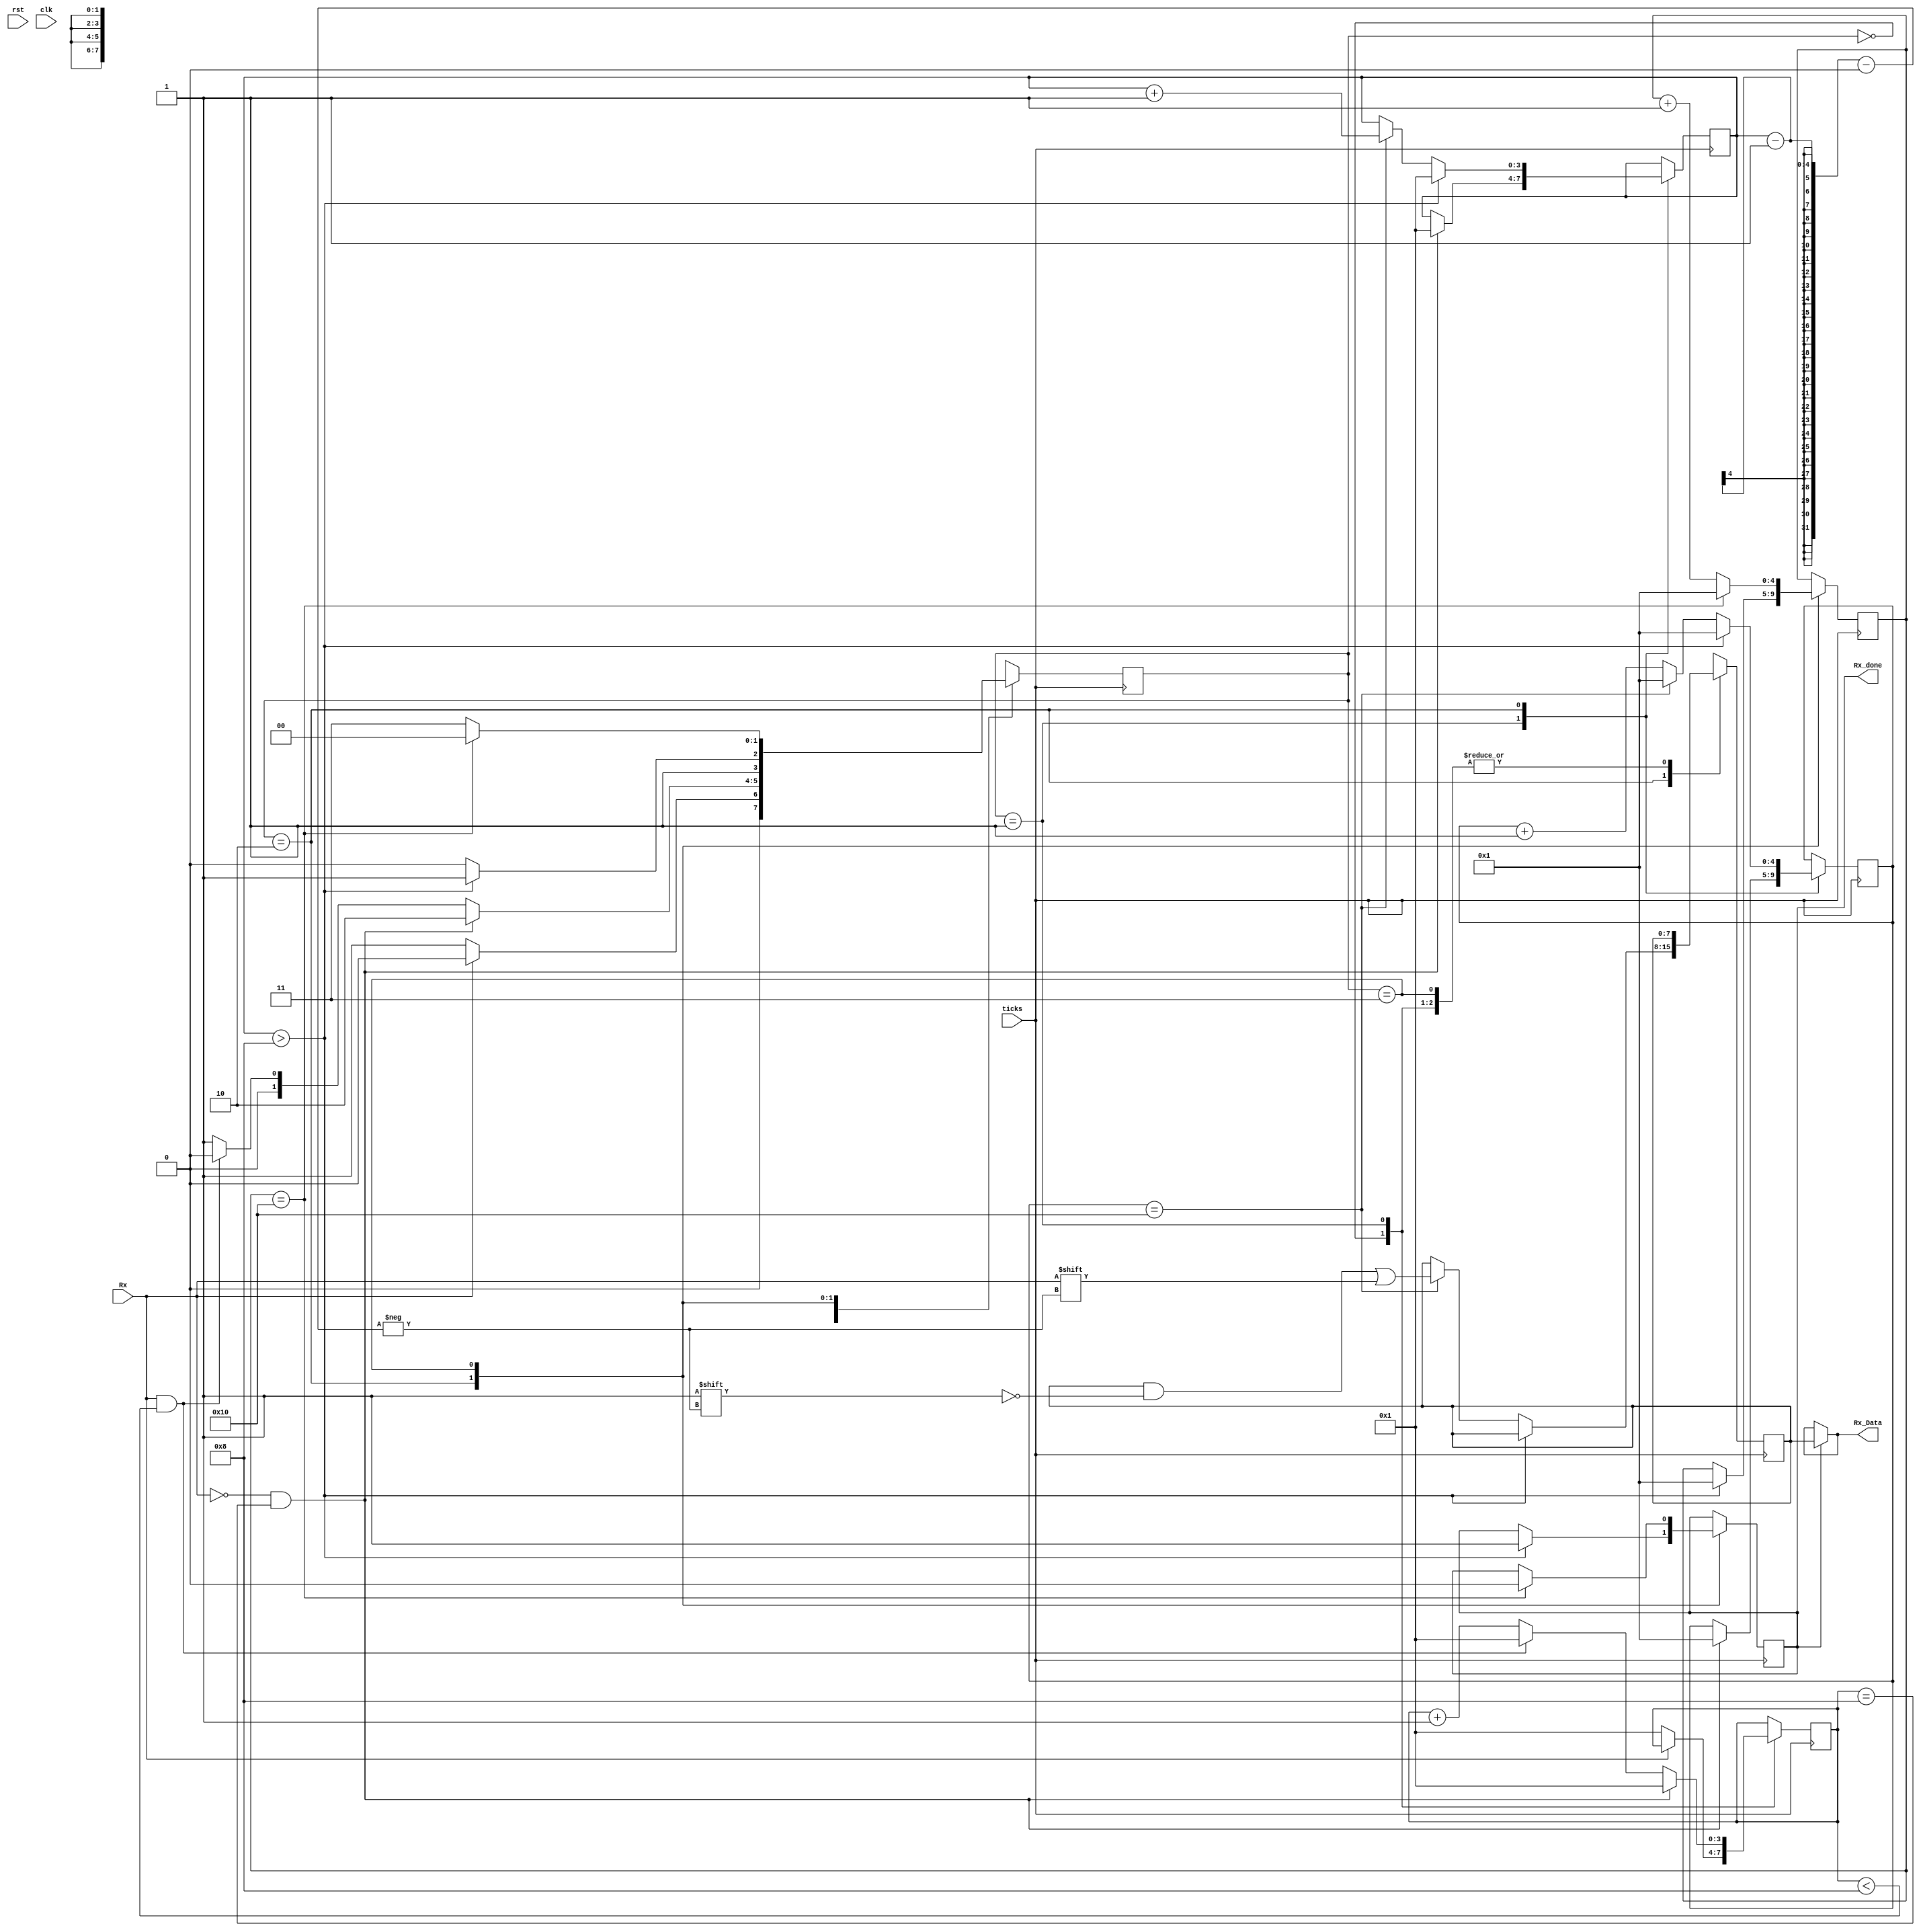
`timescale 1ns / 1ps

module UART_rx(
    input Rx,
    input rst,
    input clk,
    input ticks,
    output [7:0] Rx_Data,
	 output reg Rx_done=0
    );
    
    parameter start_ticks = 8;
    parameter data_ticks = 16;
    parameter stop_ticks=16;
    parameter bits = 8;
    
    parameter IDLE = 2'b00, START = 2'b01, DATA=2'b10, STOP = 2'b11;
    
    reg [1:0] present_state=2'b00;
    
    reg [3:0] start_counter=1;
    reg [4:0] stop_counter;
    reg [4:0] data_counter;
    reg [3:0] bits_counter;
    reg [7:0] Data=0;
    //reg Rx_done=0;
    
    // state machine for state change only
    always @ (posedge ticks)
    begin
        if(rst) begin
            present_state<=IDLE;
        end
		  else
				present_state<=present_state;
    
        case(present_state)
        IDLE: begin
                
                if(Rx==0) begin
                    present_state<=START;
                    start_counter<=1;
                end
                else begin
                    present_state<=IDLE;
                end     
            end 
        START: begin  
                if(Rx==0 && start_counter==(start_ticks)) begin
                    start_counter<=1;
                    present_state<=DATA;
                    data_counter<=1;
                    bits_counter<=1;
                end
                else if(Rx==1 && start_counter<(start_ticks)) begin
                    start_counter<=1;
                    present_state<=IDLE;
                end
                else begin
                    start_counter<=start_counter+1;
                    present_state<=START;
                end
             end        
        DATA: begin
                if(bits_counter>bits) begin
                    bits_counter<=1;
                    present_state <=STOP;
                    data_counter<=1;
                    stop_counter<=1;
                    Rx_done<=1;
                end
                else begin
                    if(data_counter==(data_ticks)) begin
                        Data[bits_counter-1] <= Rx;
                        data_counter<=1;
                        bits_counter <=bits_counter+1;
                    end
                    else begin
                        data_counter<=data_counter+1;
                    end
                    present_state<=DATA;
                end
            end
        STOP: begin
                if(stop_counter== stop_ticks) begin
                    present_state<=IDLE;
                    stop_counter<=1;
                    Rx_done<=0;
                    
                end
                else begin
                    present_state<=STOP;
                    stop_counter<=stop_counter+1;
                end    
            end
                          
        default: begin
                present_state<=IDLE;
                start_counter<=1;
                stop_counter<=1;
                data_counter<=1;
                end
        endcase 
     end     
     
     assign Rx_Data = Rx_done?Data:Rx_Data;
        
endmodule